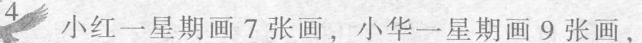
4小红一星期画7张画，小华一星期画9张画，